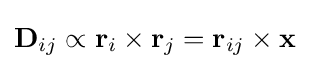
\mathbf {D} _{ij}\propto \mathbf {r} _{i}\times \mathbf {r} _{j}=\mathbf {r} _{ij}\times \mathbf {x}